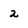
Character: 2